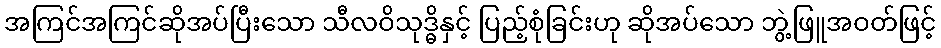
အကြင်အကြင်ဆိုအပ်ပြီးသော သီလဝိသုဒ္ဓိနှင့် ပြည့်စုံခြင်းဟု ဆိုအပ်သော ဘွဲ့ဖြူအဝတ်ဖြင့်